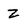
Character: z